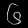
Digit: ၆